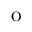
\mathrm { o }